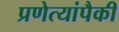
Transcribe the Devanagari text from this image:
प्रणेत्यांपैकी